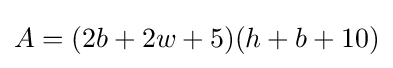
A=(2b+2w+5)(h+b+10)